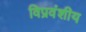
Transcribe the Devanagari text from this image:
विप्रवंशीय